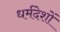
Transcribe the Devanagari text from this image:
धर्मदेशों